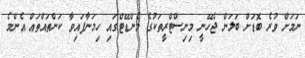
ނަމަށް ވުރެ ބޮޑަށް ބަލަން ޖެހޭނީ މިނިސްޓްރީތަކުގެ މެންޑޭޓްގައި ހިމަނާފައިވާ ކަންތައްތައް އެންމެ